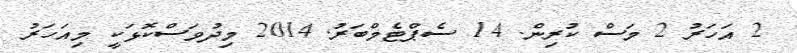
2 އަހަރު 2 މަސް ކުރިން. 14 ސެޕްޓެމްބަރު